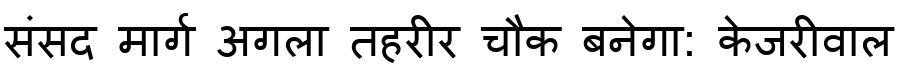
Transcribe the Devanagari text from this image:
संसद मार्ग अगला तहरीर चौक बनेगा: केजरीवाल